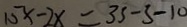
1 5 x - 2 x = 3 5 - 3 - 1 0